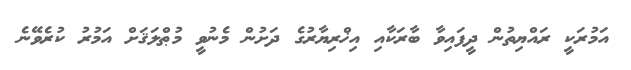
އަމުރަކީ ރައްޔިތުން ދީފައިވާ ބާރަކާއި އިޚްރިޔާރުގެ ދަށުން މެނުވީ މުޠްލަޤަށް އަމުރު ކުރެވޭނެ